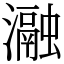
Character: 瀜